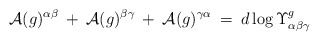
\begin{align*}{\cal A}(g)^{\alpha \beta} \: + \:{\cal A}(g)^{\beta \gamma} \: + \:{\cal A}(g)^{\gamma \alpha} \: = \:d \log \Upsilon^g_{\alpha \beta \gamma}\end{align*}